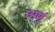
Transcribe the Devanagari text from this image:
अणूं